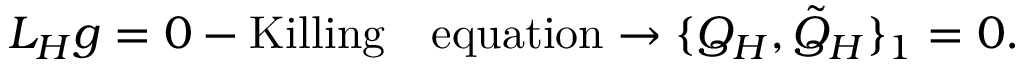
{ \cal L } _ { H } g = 0 - \mathrm { { K i l l i n g \quad e q u a t i o n } } \rightarrow \{ Q _ { H } , { \tilde { Q } } _ { H } \} _ { 1 } = 0 .